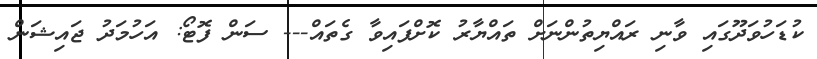
ކުޑަހުވަދޫގައި ވާނި ރައްޔިތުންނަށް ތައްޔާރު ކޮށްފައިވާ ގެތައް--- ސަން ފޮޓޯ: އަހުމަދު ޖައިޝަން